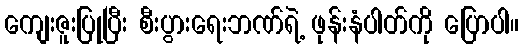
ကျေးဇူးပြုပြီး စီးပွားရေးဘဏ်ရဲ့ ဖုန်းနံပါတ်ကို ပြောပါ။